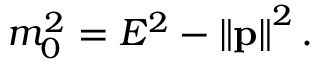
m _ { 0 } ^ { 2 } = E ^ { 2 } - \left\| \mathbf { p } \right\| ^ { 2 } .